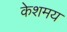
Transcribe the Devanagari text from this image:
केशमय